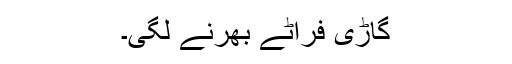
گاڑی فراٹے بھرنے لگی۔